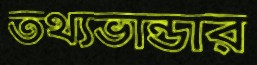
তথ্যভান্ডার